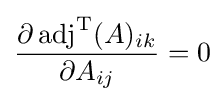
{\partial \operatorname {adj} ^{\rm {T}}(A)_{ik} \over \partial A_{ij}}=0